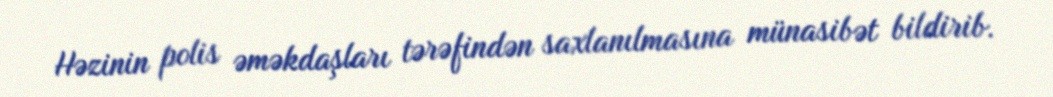
Həzinin polis əməkdaşları tərəfindən saxlanılmasına münasibət bildirib.